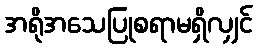
အရိုအသေပြုစရာမရှိလျှင်